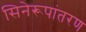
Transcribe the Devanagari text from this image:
सिनेरूपांतरण